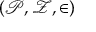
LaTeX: ( { \mathcal { P } } , { \mathcal { Z } } , \in )